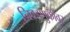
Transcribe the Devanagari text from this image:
निवडणुकींवर